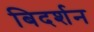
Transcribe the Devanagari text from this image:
बिदर्शन